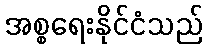
အစ္စရေးနိုင်ငံသည်